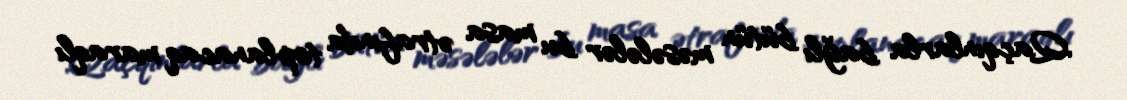
Qaçqınlarla bağlı bütün məsələlər bu masa ətrafında toplanacaq maraqlı